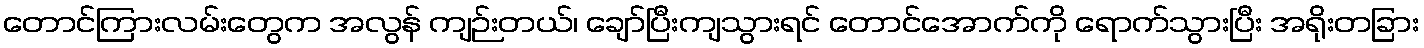
တောင်ကြားလမ်းတွေက အလွန် ကျဉ်းတယ်၊ ချော်ပြီးကျသွားရင် တောင်အောက်ကို ရောက်သွားပြီး အရိုးတခြား